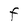
Character: F